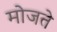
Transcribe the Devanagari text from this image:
मोजते